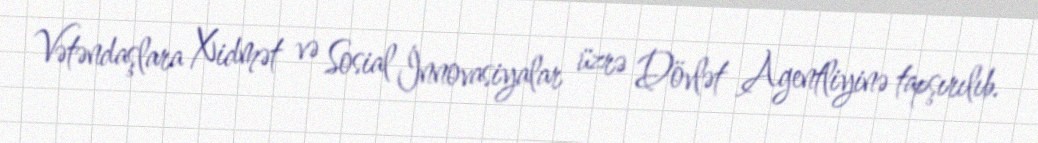
Vətəndaşlara Xidmət və Sosial İnnovasiyalar üzrə Dövlət Agentliyinə tapşırılıb.